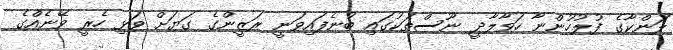
ލަންކާގެ ފުލުހުންނާ ހަވާލާދީ ނޫސްތަކުގައި ބުނެފައިވަނީ ރަޒީންގެ ގަޔަށް ވަޅި ހެރީ ވޭނެއްގެ